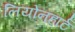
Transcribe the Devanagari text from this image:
लियोनहार्ट